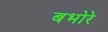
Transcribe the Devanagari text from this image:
बभोरे